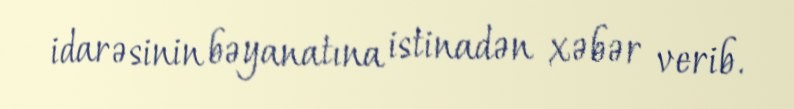
idarəsinin bəyanatına istinadən xəbər verib.